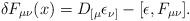
LaTeX: \begin{align*}\delta F_{\mu\nu}(x) = D_{[\mu}\epsilon_{\nu]} - [\epsilon,F_{\mu\nu}].\end{align*}